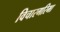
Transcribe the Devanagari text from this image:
विचारगरिमा